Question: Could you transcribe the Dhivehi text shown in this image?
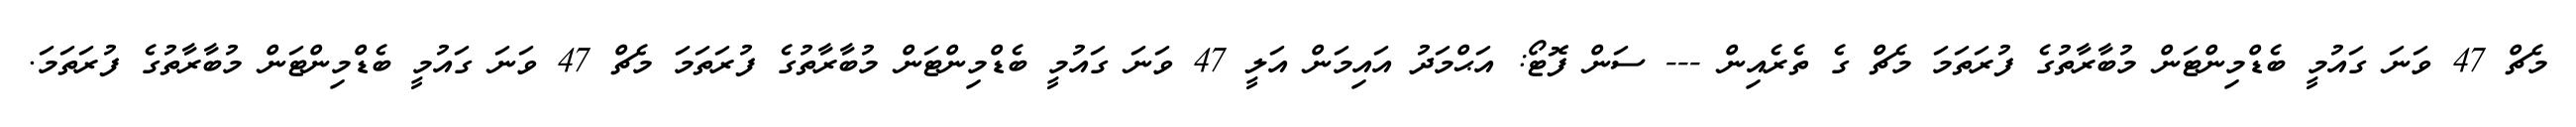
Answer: މެޗް 47 ވަނަ ގައުމީ ބެޑްމިންޓަން މުބާރާތުގެ ފުރަތަމަ މެޗް ގެ ތެރެއިން --- ސަން ފޮޓޯ: އަޙްމަދު އައިމަން އަލީ 47 ވަނަ ގައުމީ ބެޑްމިންޓަން މުބާރާތުގެ ފުރަތަމަ މެޗް 47 ވަނަ ގައުމީ ބެޑްމިންޓަން މުބާރާތުގެ ފުރަތަމަ.